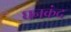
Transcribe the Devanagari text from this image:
घनकंद